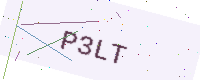
Text: P3LT